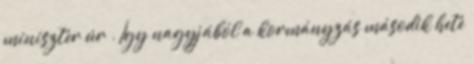
miniszter úr . Így nagyjából a kormányzás második hete